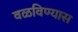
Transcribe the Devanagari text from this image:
वळविण्यास